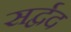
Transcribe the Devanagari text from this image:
सर्द्वद